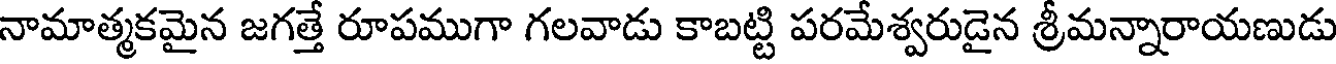
నామాత్మకమైన జగత్తే రూపముగా గలవాడు కాబట్టి పరమేశ్వరుడైన శ్రీమన్నారాయణుడు